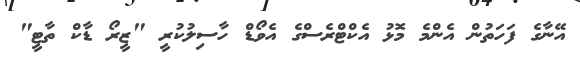
އޭނާގެ ފަހަތުން އެންމެ މޮޅު އެކްޓްރެސްގެ އެވޯޑް ހާސިލުކުރީ "ޒީރޯ ޑާކް ތާޓީ"